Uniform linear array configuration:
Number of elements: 12
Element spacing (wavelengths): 1
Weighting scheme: binomial
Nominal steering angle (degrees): -45
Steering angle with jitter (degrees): -44.344
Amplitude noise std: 0.05
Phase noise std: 0.05

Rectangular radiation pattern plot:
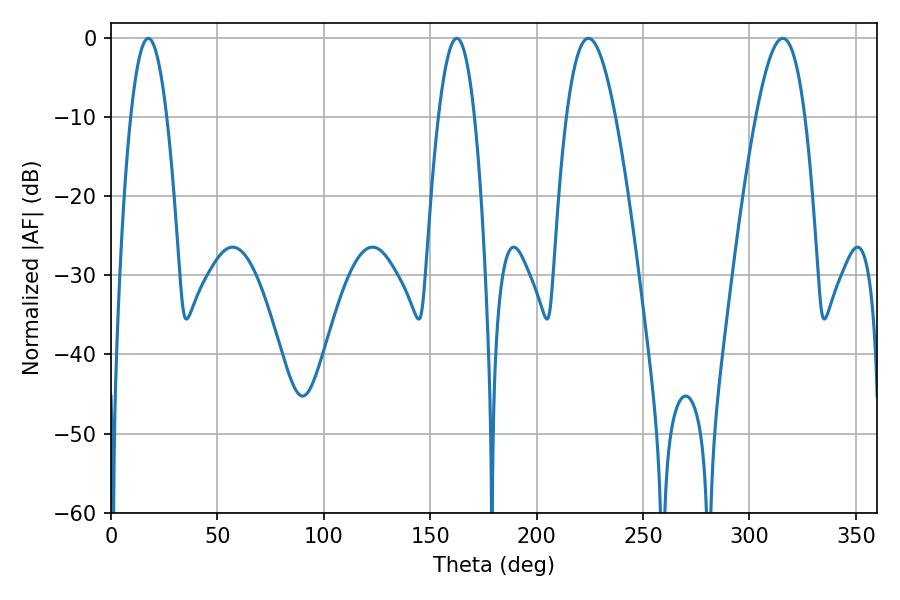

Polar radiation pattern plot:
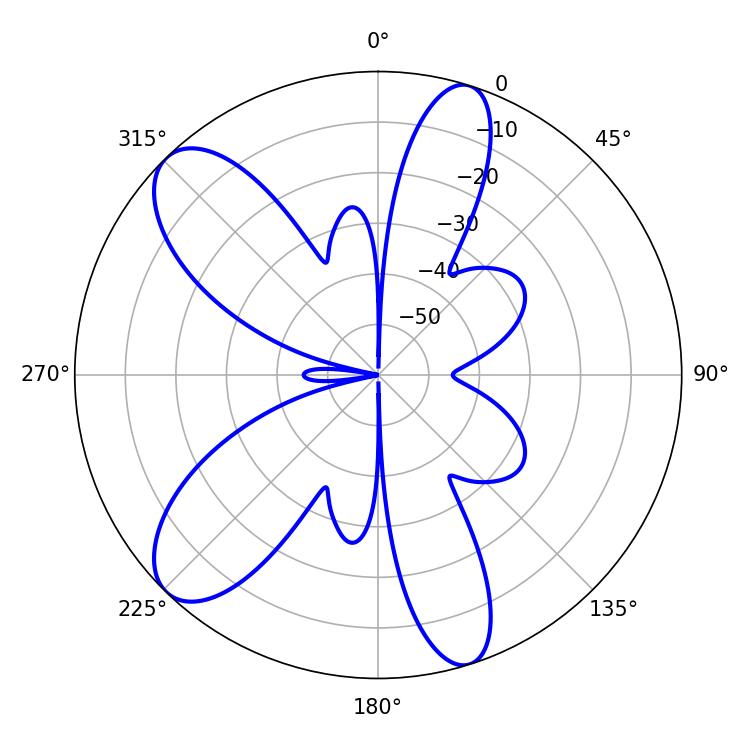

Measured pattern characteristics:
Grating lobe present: TRUE
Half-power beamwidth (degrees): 12.42
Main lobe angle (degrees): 224.28